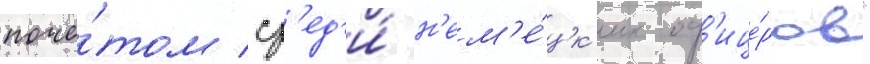
почё́том ср'ед'и́ н'ем'е́цк'их оф'ице́ров"